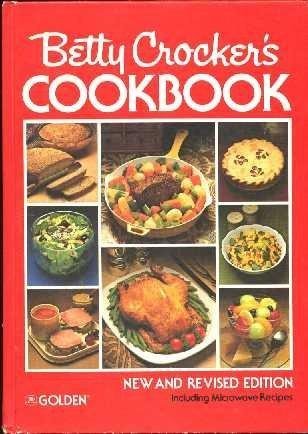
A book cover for Betty Crocker's Cookbook; Betty Crocker; Cookbooks, Food & Wine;